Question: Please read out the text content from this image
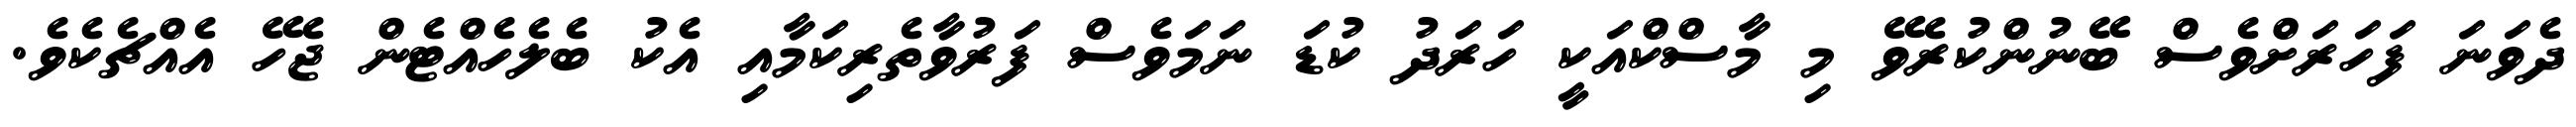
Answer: ދެވަނަ ފަހަރަށްވެސް ބޭނުންކުރެވޭ މި މާސްކްއަކީ ހަރަދު ކުޑަ ނަމަވެސް ފަރުވާތެރިކަމާއި އެކު ބެލެހެއްޓެން ޖެހޭ އެއްޗެކެވެ.